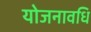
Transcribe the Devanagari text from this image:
योजनावधि